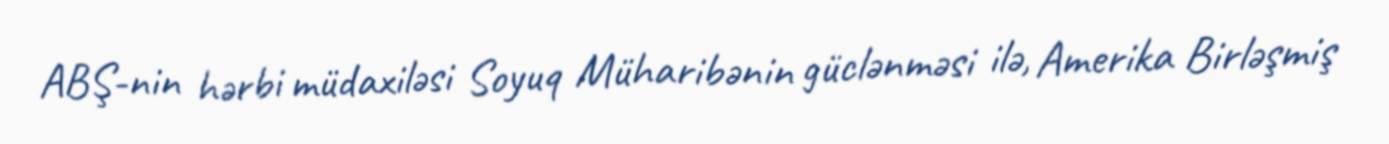
ABŞ-nin hərbi müdaxiləsi Soyuq Müharibənin güclənməsi ilə, Amerika Birləşmiş